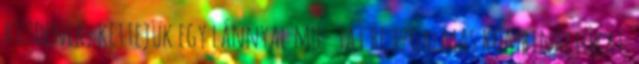
küzdenek, kettejük egy lánnyal mu- tat be izgalmas kombinációkat.